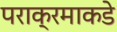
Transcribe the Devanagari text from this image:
पराक्रमाकडे